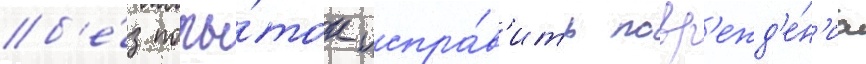
б'е́з попы́ток испра́в'ить повр'ежд'е́н'иа